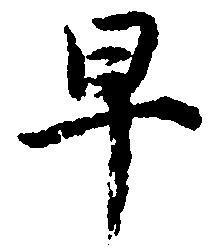
早